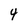
Character: 4